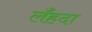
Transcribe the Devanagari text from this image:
लँहदा